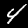
Digit: 4